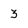
Character: 3